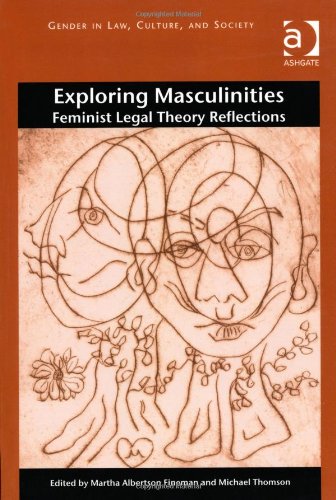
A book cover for Exploring Masculinities: Feminist Legal Theory Reflections (Gender in Law, Culture, and Society); Law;